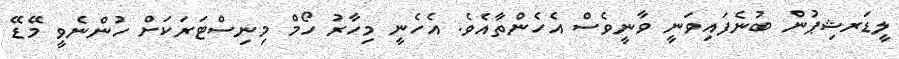
ލީޑަރޝިޕުން ބުނެފައިވަނީ ވާނީވެސް އެހެންތާއެވެ. އެހެނީ މިހާރު ހޯމް މިނިސްޓަރަކަށް ހުންނެވީ މޭޑޭ